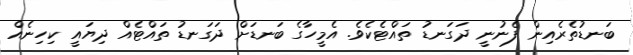
ބަނޑުތެރެއިން ފެނުނީ ދަގަނޑު ތައްޓެކެވެ. އެމީހާގެ ބަނޑަށް ދަގަނޑު ތައްޓެއް ދިޔައީ ކިހިނެއް